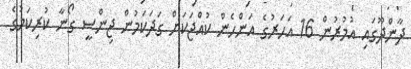
ދާންދޫގައި އުމުރުން 16 އަހަރުގެ އަންހެން ކުއްޖަކަށް ގަދަކަމުން ޖިންސީ ގޯނާ ކުރިކަމުގެ